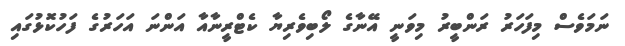
ނަމަވެސް މިފަހަރު ރަންބީރު މިވަނީ އޭނާގެ ލޯބިވެރިޔާ ކެޓްރީނާއާ އަންނަ އަހަރުގެ ފަހުކޮޅުގައި